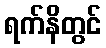
ရက်နိတွင်